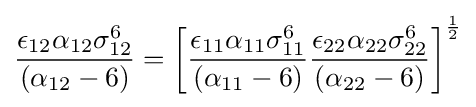
{\frac {\epsilon _{12}\alpha _{12}\sigma _{12}^{6}}{(\alpha _{12}-6)}}=\left[{\frac {\epsilon _{11}\alpha _{11}\sigma _{11}^{6}}{(\alpha _{11}-6)}}{\frac {\epsilon _{22}\alpha _{22}\sigma _{22}^{6}}{(\alpha _{22}-6)}}\right]^{\frac {1}{2}}